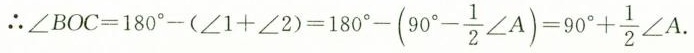
\therefore $$\angle BOC=180^{\circ}-(\angle 1+ \angle 2)=180^{\circ}-(90^{\circ}- \frac{1}{2}\angle A)=90^{\circ}+ \frac{1}{2}\angle A$$.